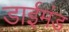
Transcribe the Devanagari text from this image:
डाईमंड